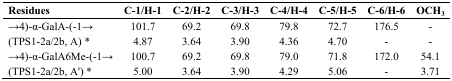
| Residues | C-1/H-1 | C-2/H-2 | C-3/H-3 | C-4/H-4 | C-5/H-5 | C-6/H-6 | OCH3 |
 | --- | --- | --- | --- | --- | --- | --- | --- |
 | →4)-α-GalA-(-1→ | 101.7 | 69.2 | 69.8 | 79.8 | 72.7 | 176.5 | - |
 | (TPS1-2a/2b, A) * | 4.87 | 3.64 | 3.90 | 4.36 | 4.70 | - | - |
 | →4)-α-GalA6Me-(-1→ | 100.7 | 69.2 | 69.8 | 79.0 | 71.8 | 172.0 | 54.1 |
 | (TPS1-2a/2b, A') * | 5.00 | 3.64 | 3.90 | 4.29 | 5.06 | - | 3.71 |